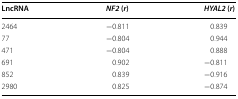
<table><thead><tr><td><b>LncRNA</b></td><td><b><i>NF2</i> (<i>r</i>)</b></td><td><b><i>HYAL2</i> (<i>r</i>)</b></td></tr></thead><tbody><tr><td>2464</td><td>−0.811</td><td>0.839</td></tr><tr><td>77</td><td>−0.804</td><td>0.944</td></tr><tr><td>471</td><td>−0.804</td><td>0.888</td></tr><tr><td>691</td><td>0.902</td><td>−0.811</td></tr><tr><td>852</td><td>0.839</td><td>−0.916</td></tr><tr><td>2980</td><td>0.825</td><td>−0.874</td></tr></tbody></table>